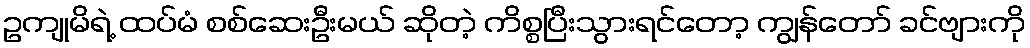
ဥကျုမိရဲ့ ထပ်မံ စစ်ဆေးဦးမယ် ဆိုတဲ့ ကိစ္စပြီးသွားရင်တော့ ကျွန်တော် ခင်ဗျားကို